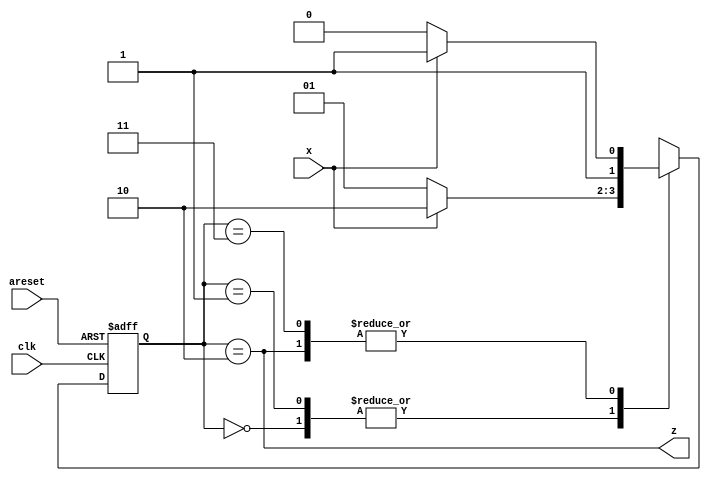
module top_module (
    input clk,
    input areset,
    input x,
    output z
); 
    localparam idle = 0, s1 = 1, s2 = 2, s3 = 3;
    reg [1:0] state, next;
    always @(posedge clk, posedge areset) begin
        if (areset) state <= idle;
        else state <= next;
    end
    always @(*) begin
        case(state)
            idle : next = x ? s2 : s1;
            s1 : next = x ? s2 : s1;
            s2 : next = x ? s3 : s2;
            s3 : next = x ? s3 : s2;
        endcase
    end
    assign z = (state==s2);
endmodule